Leaving Certificate Examination, 1914
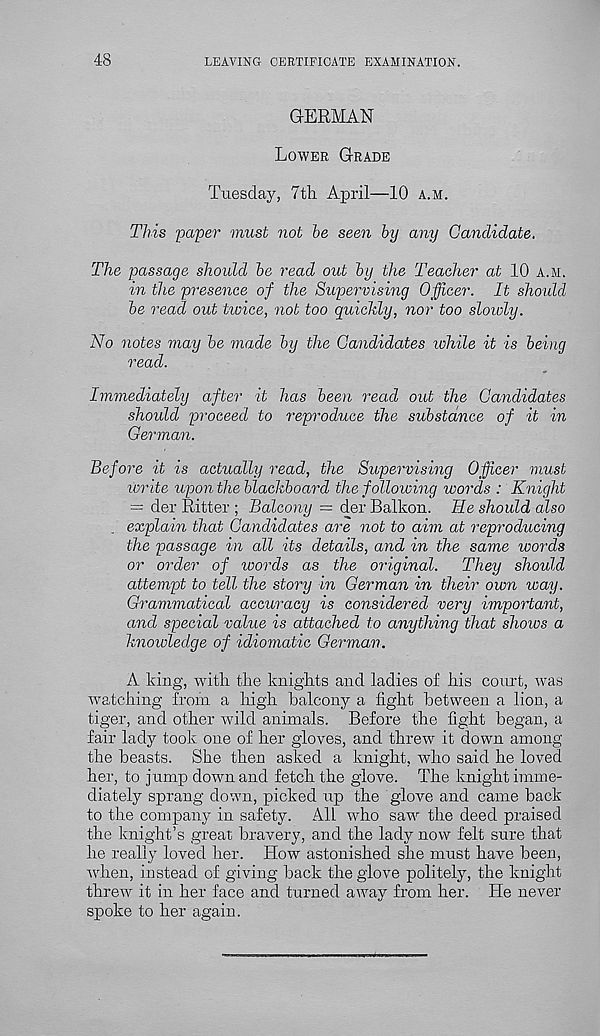
48
LEAVING CERTIFICATE EXAMINATION.
GERMAN
Lower Grade
Tuesday, 7tli April—10 a.m.
This paper must not he seen by any Candidate.
The passage should he read out by the Teacher at 10 a.m.
in the presence of the Supervising Officer. It should
he read out twice, not too quichly, nor too slowly.
No notes may he made by the Candidates while it is being
read.
Immediately after it has been read out the Candidates
shoidd proceed to reproduce the substance of it in
German.
Before it is actually read, the Supervising Officer must
ivrite upon the blackboard the following words : Knight
= der Ritter ; Balcony = der Balkon. He should also
explain that Candidates are not to aim at reproducing
the passage in all its details, and in the same words
or order of words as the original.
They should
attempt to tell the story in German in their own way.
Grammatical accuracy is considered very important,
and special value is attached to anything that shows a
knowledge of idiomatic German.
A king, with the knights and ladies of his court, was
watching from a high balcony a fight between a lion, a
tiger, and other wild animals. Before the fight began, a
fair lady took one of her gloves, and threw it down among
the beasts. She then asked a knight, who said he loved
her, to jump down and fetch the glove. The knight imme-
diately sprang down, picked up the glove and came back
to the company in safety. All who saw the deed praised
the knight’s great bravery, and the lady now felt sure that
he really loved her. How astonished she must have been,
when, instead of giving back the glove politely, the knight
threw it in her face and turned away from her. He never
spoke to her again.